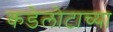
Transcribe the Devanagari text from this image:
कडेलोटाच्या